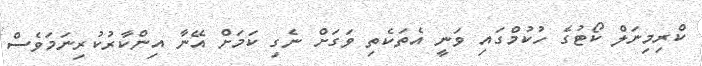
ކްރިމިނަލް ކޯޓުގެ ހުކުމްގައި ވަނީ އެތަކެތި ވަގަށް ނެގި ކަމަށް އޭނާ އިންކާރުކުރިނަމަވެސް